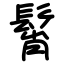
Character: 髾